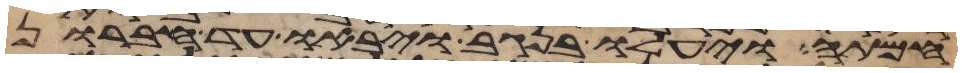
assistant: חמתה ויעלו בנגב ויבאו עד חברון